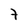
Character: 7